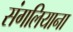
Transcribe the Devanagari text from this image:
संगलियाना